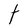
Character: t